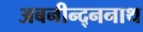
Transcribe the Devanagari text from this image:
अबनीन्द्ननाथ